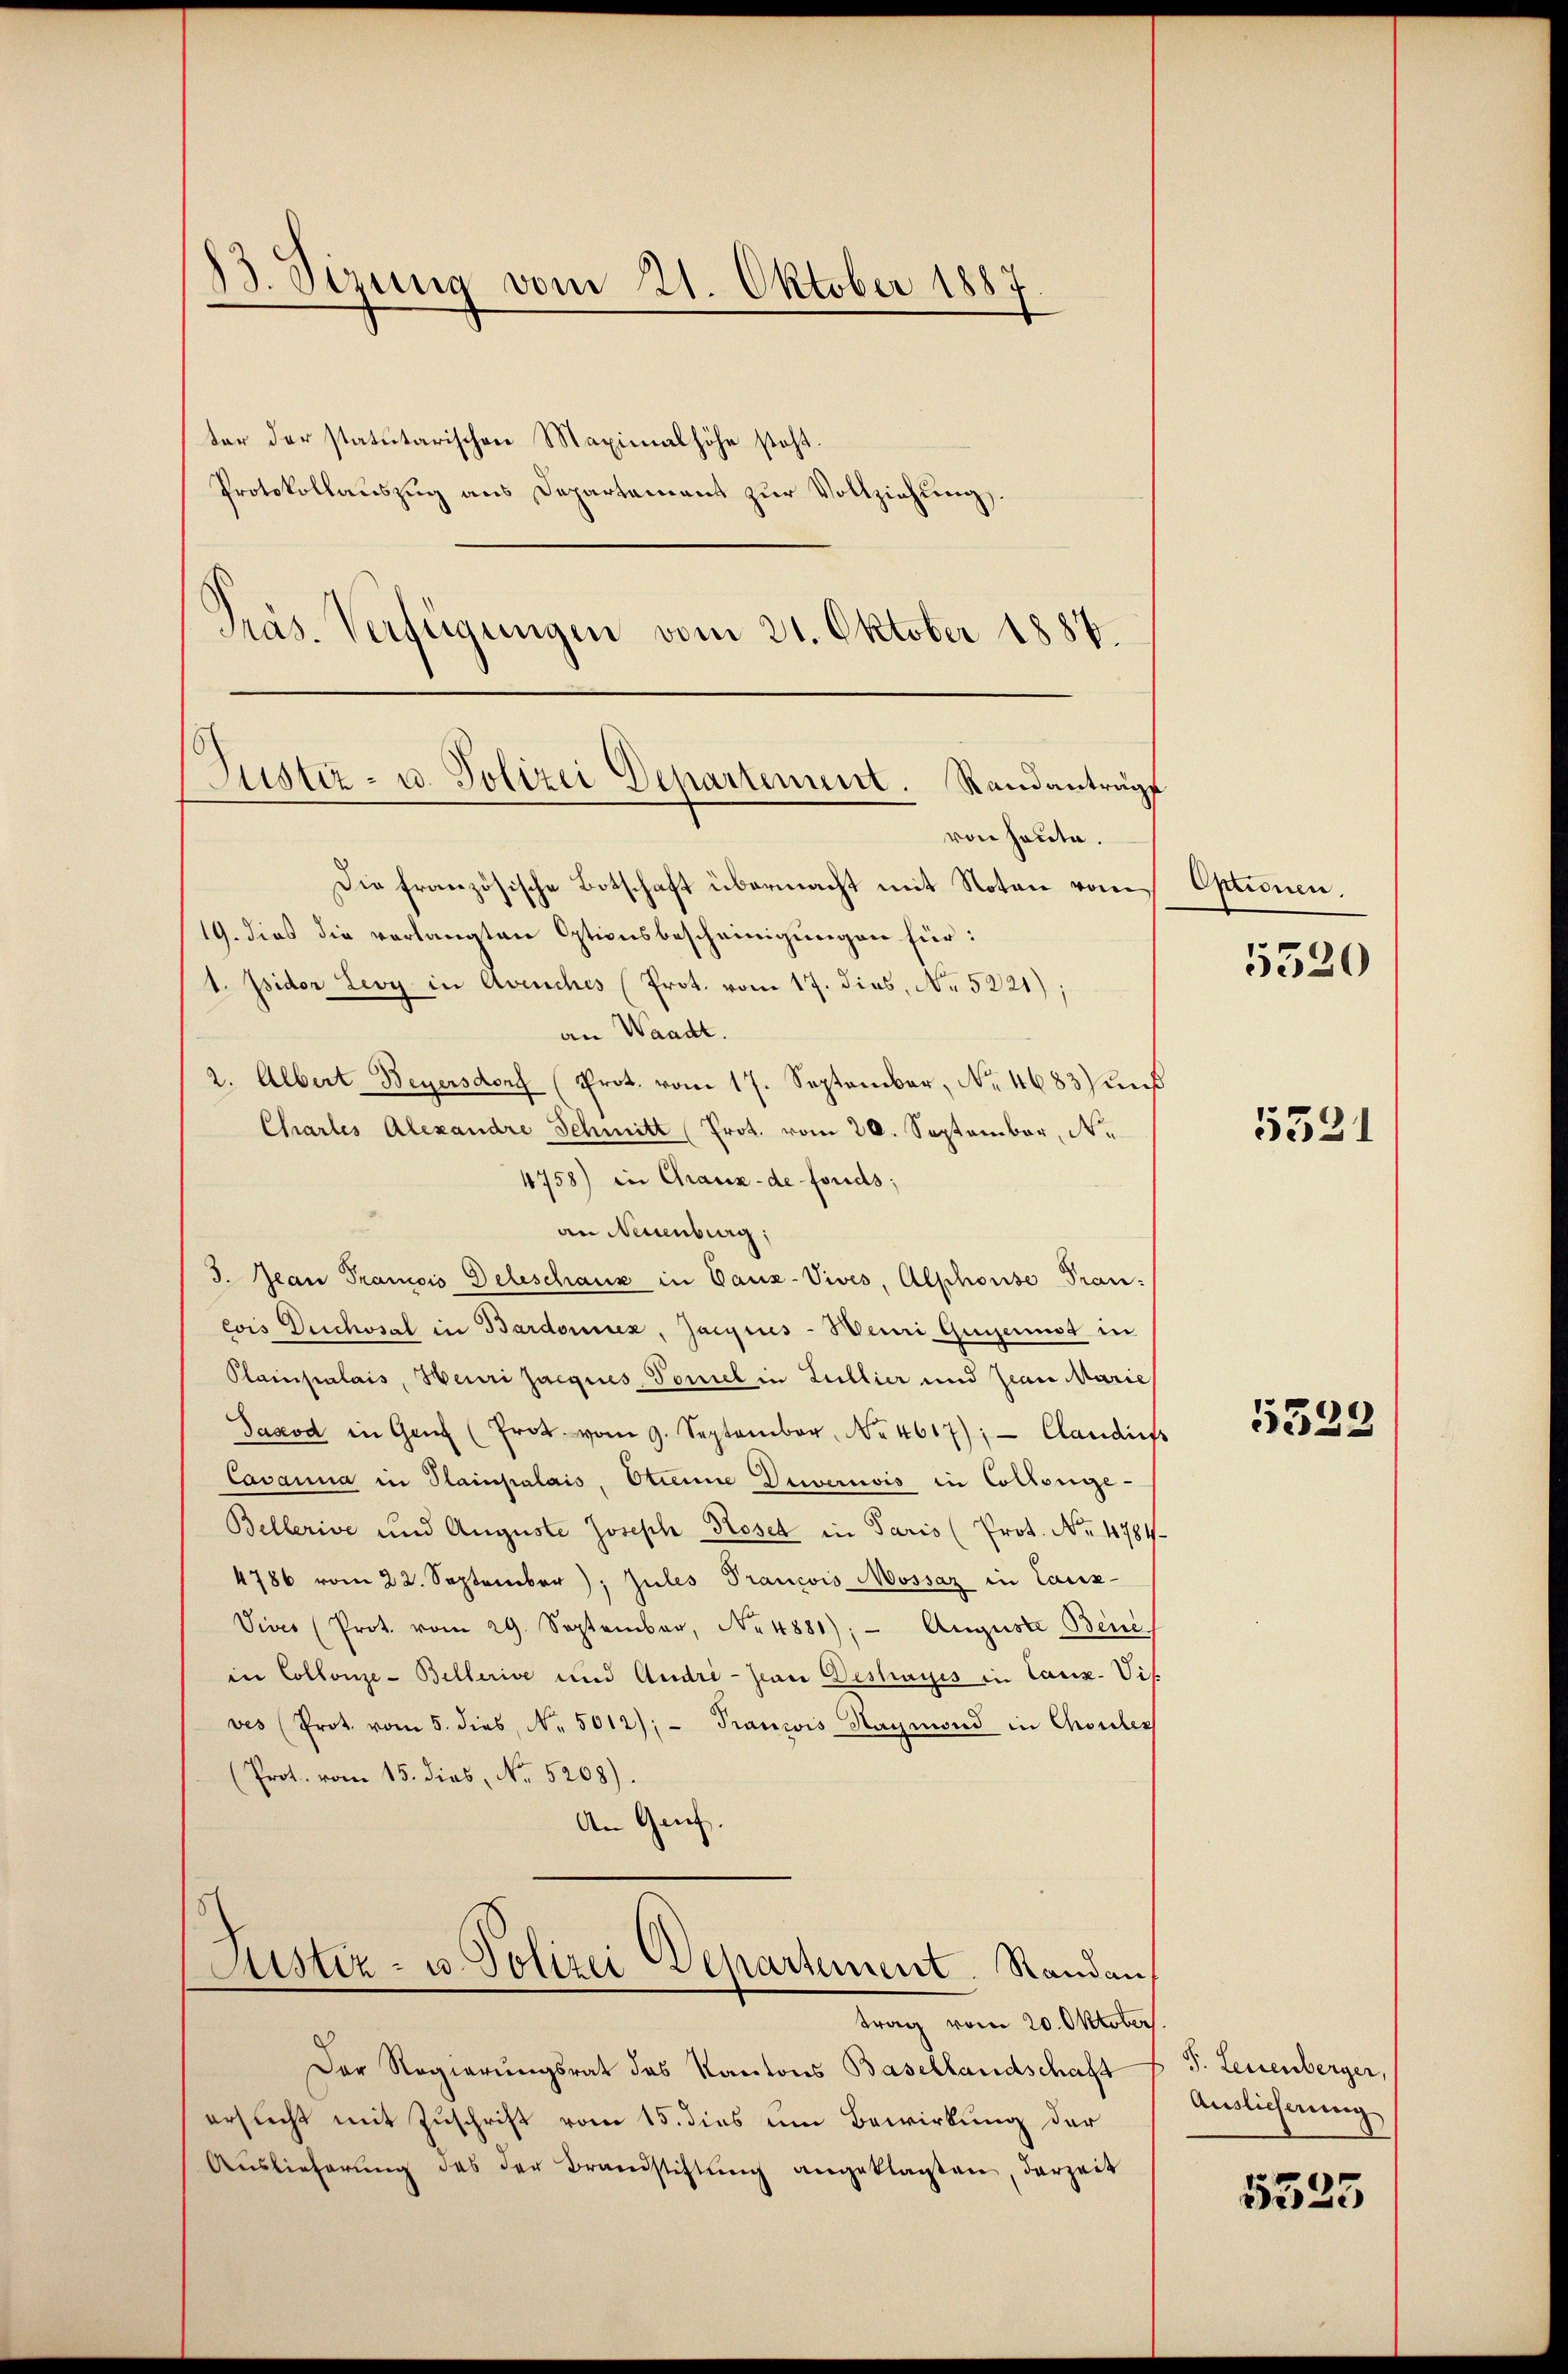
ter der statutarischen Maximalhöhe steht.
Protokollauszug aus Departement zur Vollziehung,
Präs. Verfügungen vom 21. Oktober 1887.

13. Serung vom 21. Oktober 1887

Justiz- u. Polizei Departement. Standanträge

von heute.
Die französische Botschaft übermacht mit Noten vom Optionen.
19. dies die verlangten Optionsbescheinigungen für:
1. Isidor Levy in Avenches (Prot. vom 17. dies, No 5221);
an Waadt.
2. Albert Beyersdorf (Prot. vom 17. September, No. 4683) aus
Charlis Alexandre Schmitt (Prot. vom 20. September, N.
4758) in Graux-de-Fonds;
an Neuenburg;
3. Jean Pranois Deleschaux in Danz-Vives, Alphonse Frau:
cois Dichosal in Bardonnez, Jacques-Weini Guggennst in
Plainpalais, Heuri Jacques, Toniel in Lullier und Jean Marie
Jaxod in Genf (Pro. vom 9. September No. 4617); - Candis
Cavanna in Plainpalais, Ottenne Diernvis in Collenge-
Bellerive und Auguste Joseph Rosen in Paris (Prot. No. 4784
4786 vom 22. September). Zules Prancois Mossaz in Caus-
Vives (Prot. vom 29. September, No. 4881), Auguste Bene
in Collonze-Bellerive und Andre - Jean Deshauses in Canz. Vis
ves (Prot. vom 5. dies, N. 5012); - Trancis Naymond in Chouler
(Prot. vom 15. dies, No. 5208).
An Genf.
Justiz- u. Polizei Departement. Randan
trag vom 20. Oktober
Der Regierungsrat des Kantons Basellandschaft
ersucht mit Zuschrift vom 15. dies um Bewirkung der
Auslieferŭng des der Brandstiftŭng angeklagten, derzeit

5520

5521

5333

J. Leuenberger,
Auslicherung

5335